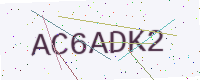
Text: AC6ADK2